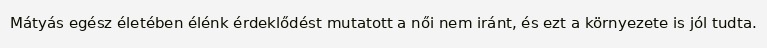
Mátyás egész életében élénk érdeklődést mutatott a női nem iránt, és ezt a környezete is jól tudta.